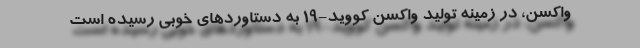
واکسن، در زمینه تولید واکسن کووید-۱۹ به دستاوردهای خوبی رسیده است